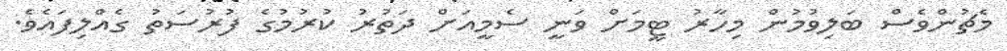
މެޗުންވެސް ބަލިވުމުން މިހާރު ޓީމަށް ވަނީ ސެމީއަށް ދަތުރު ކުރުމުގެ ފުރުސަތު ގެއްލިފައެވެ.